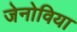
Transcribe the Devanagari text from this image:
जेनोविया